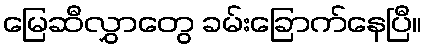
မြေဆီလွှာတွေ ခမ်းခြောက်နေပြီ။